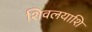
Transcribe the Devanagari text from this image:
शिवलयाशि